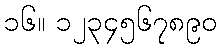
၁၆။ ၁၂၃၄၅၆၇၈၉၀